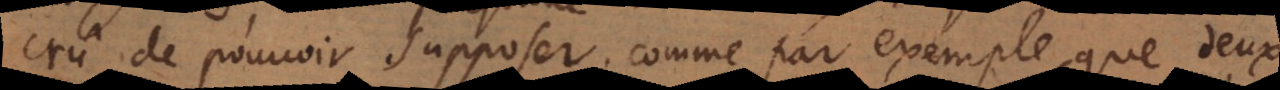
crû de pouvoir supposer, comme par exemple, que deux